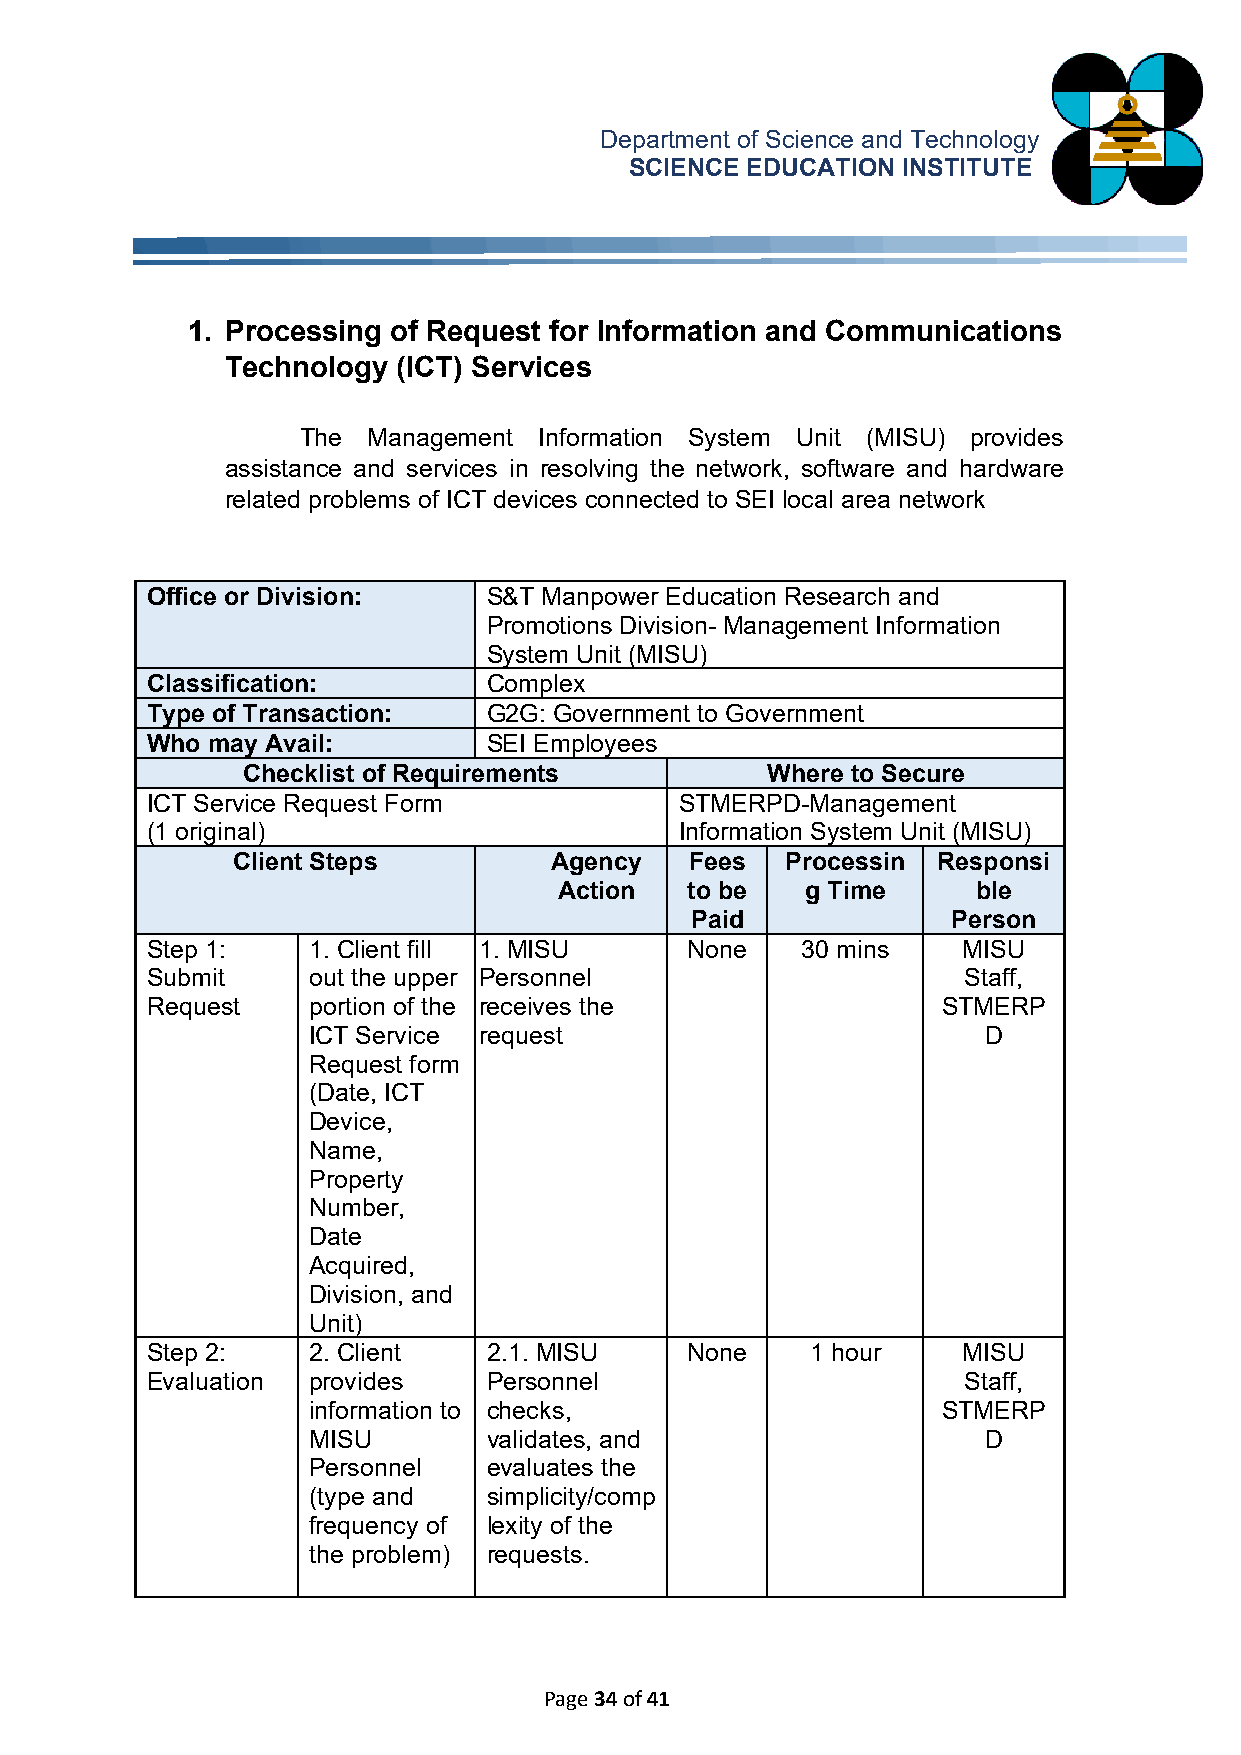
Department of Science and Technology
 SCIENCE EDUCATION INSTITUTE
 1. Processing of Request for Information and Communications
 Technology (ICT) Services
 The Management  Information System Unit (MISU) provides
 assistance and services in resolving the network, software and hardware
 related problems of ICT devices connected to SEI local area network
 Office or Division:   S&T Manpower Education Research and
 Promotions Division- Management Information
 System Unit (MISU)
 Classification:       Complex
 Type of Transaction:  G2G: Government to Government
 Who may Avail:        SEI Employees
 Checklist of Requirements          Where to Secure
 ICT Service Request Form           STMERPD-Management
 (1 original)                       Information System Unit (MISU)
 Client Steps         Agency    Fees  Processin Responsi
 Action  to be   g Time      ble
 Paid             Person
 Step 1:   1. Client fill 1. MISU   None    30 mins    MISU
 Submit    out the upper Personnel                     Staff,
 Request   portion of the receives the               STMERP
 ICT Service request                          D
 Request form
 (Date, ICT
 Device,
 Name,
 Property
 Number,
 Date
 Acquired,
 Division, and
 Unit)
 Step 2:   2. Client   2.1. MISU    None     1 hour    MISU
 Evaluation provides   Personnel                       Staff,
 information to checks,                    STMERP
 MISU        validates, and                   D
 Personnel   evaluates the
 (type and   simplicity/comp
 frequency of lexity of the
 the problem) requests.
 Page 34 of 41